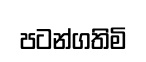
පටන්ගතිමි